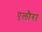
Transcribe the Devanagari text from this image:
एलौरा